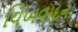
વિખવાદના